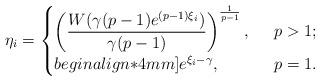
LaTeX: \begin{align*}\eta_i=\begin{cases}\left(\dfrac{W(\gamma(p-1)e^{(p-1)\xi_i})}{\gamma(p-1)}\right)^{\frac{1}{p-1}},&\;\;p>1;\\begin{align*}4mm]e^{\xi_i-\gamma},&\;\;p=1.\end{cases}\end{align*}